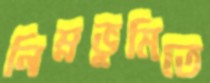
নিম্নভূমিতে